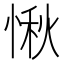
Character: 愀